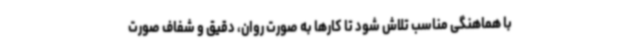
با هماهنگی مناسب تلاش شود تا کارها به صورت روان، دقیق و شفاف صورت